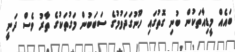
ބައެއް މީޑިއާތަކުން ބުނި ގޮތުގައި ހޫނުގަދަވުމުގެ ސަބަބުން މަގުތަކުގެ ތާރު ވެސް ދަނީ